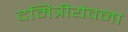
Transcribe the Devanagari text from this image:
दमित्रीयेवना